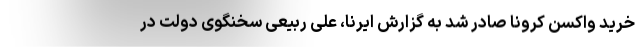
خرید واکسن کرونا صادر شد به گزارش ایرنا، علی ربیعی سخنگوی دولت در